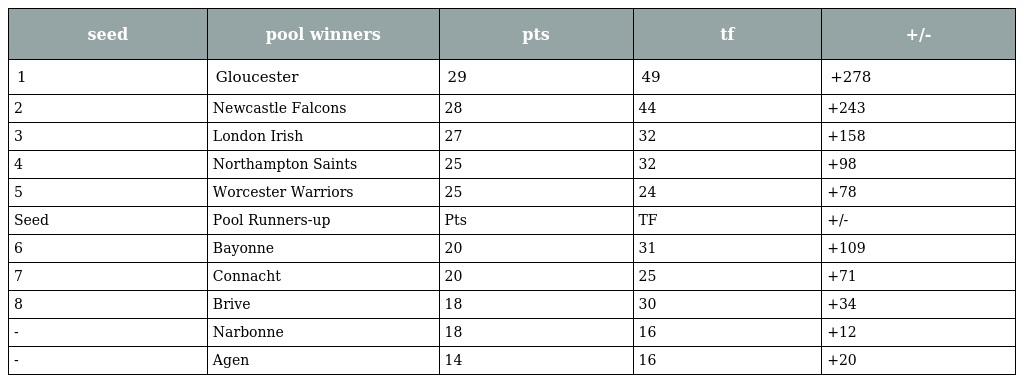
| seed | pool winners | pts | tf | +/- |
 | --- | --- | --- | --- | --- |
 | 1 | Gloucester | 29 | 49 | +278 |
 | 2 | Newcastle Falcons | 28 | 44 | +243 |
 | 3 | London Irish | 27 | 32 | +158 |
 | 4 | Northampton Saints | 25 | 32 | +98 |
 | 5 | Worcester Warriors | 25 | 24 | +78 |
 | Seed | Pool Runners-up | Pts | TF | +/- |
 | 6 | Bayonne | 20 | 31 | +109 |
 | 7 | Connacht | 20 | 25 | +71 |
 | 8 | Brive | 18 | 30 | +34 |
 | - | Narbonne | 18 | 16 | +12 |
 | - | Agen | 14 | 16 | +20 |